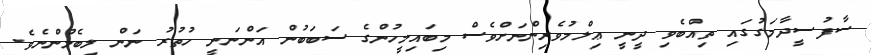
ސާފުސީދާމަގުގައި ތިއްބެވި ދީނީ ޢިލްމުވެރިންނަށްވެސް މިބައިމީހުންގެ ސަބަބުން އަންނަނީ ހުތުރު ނަން ލިބެމުންނެވެ.